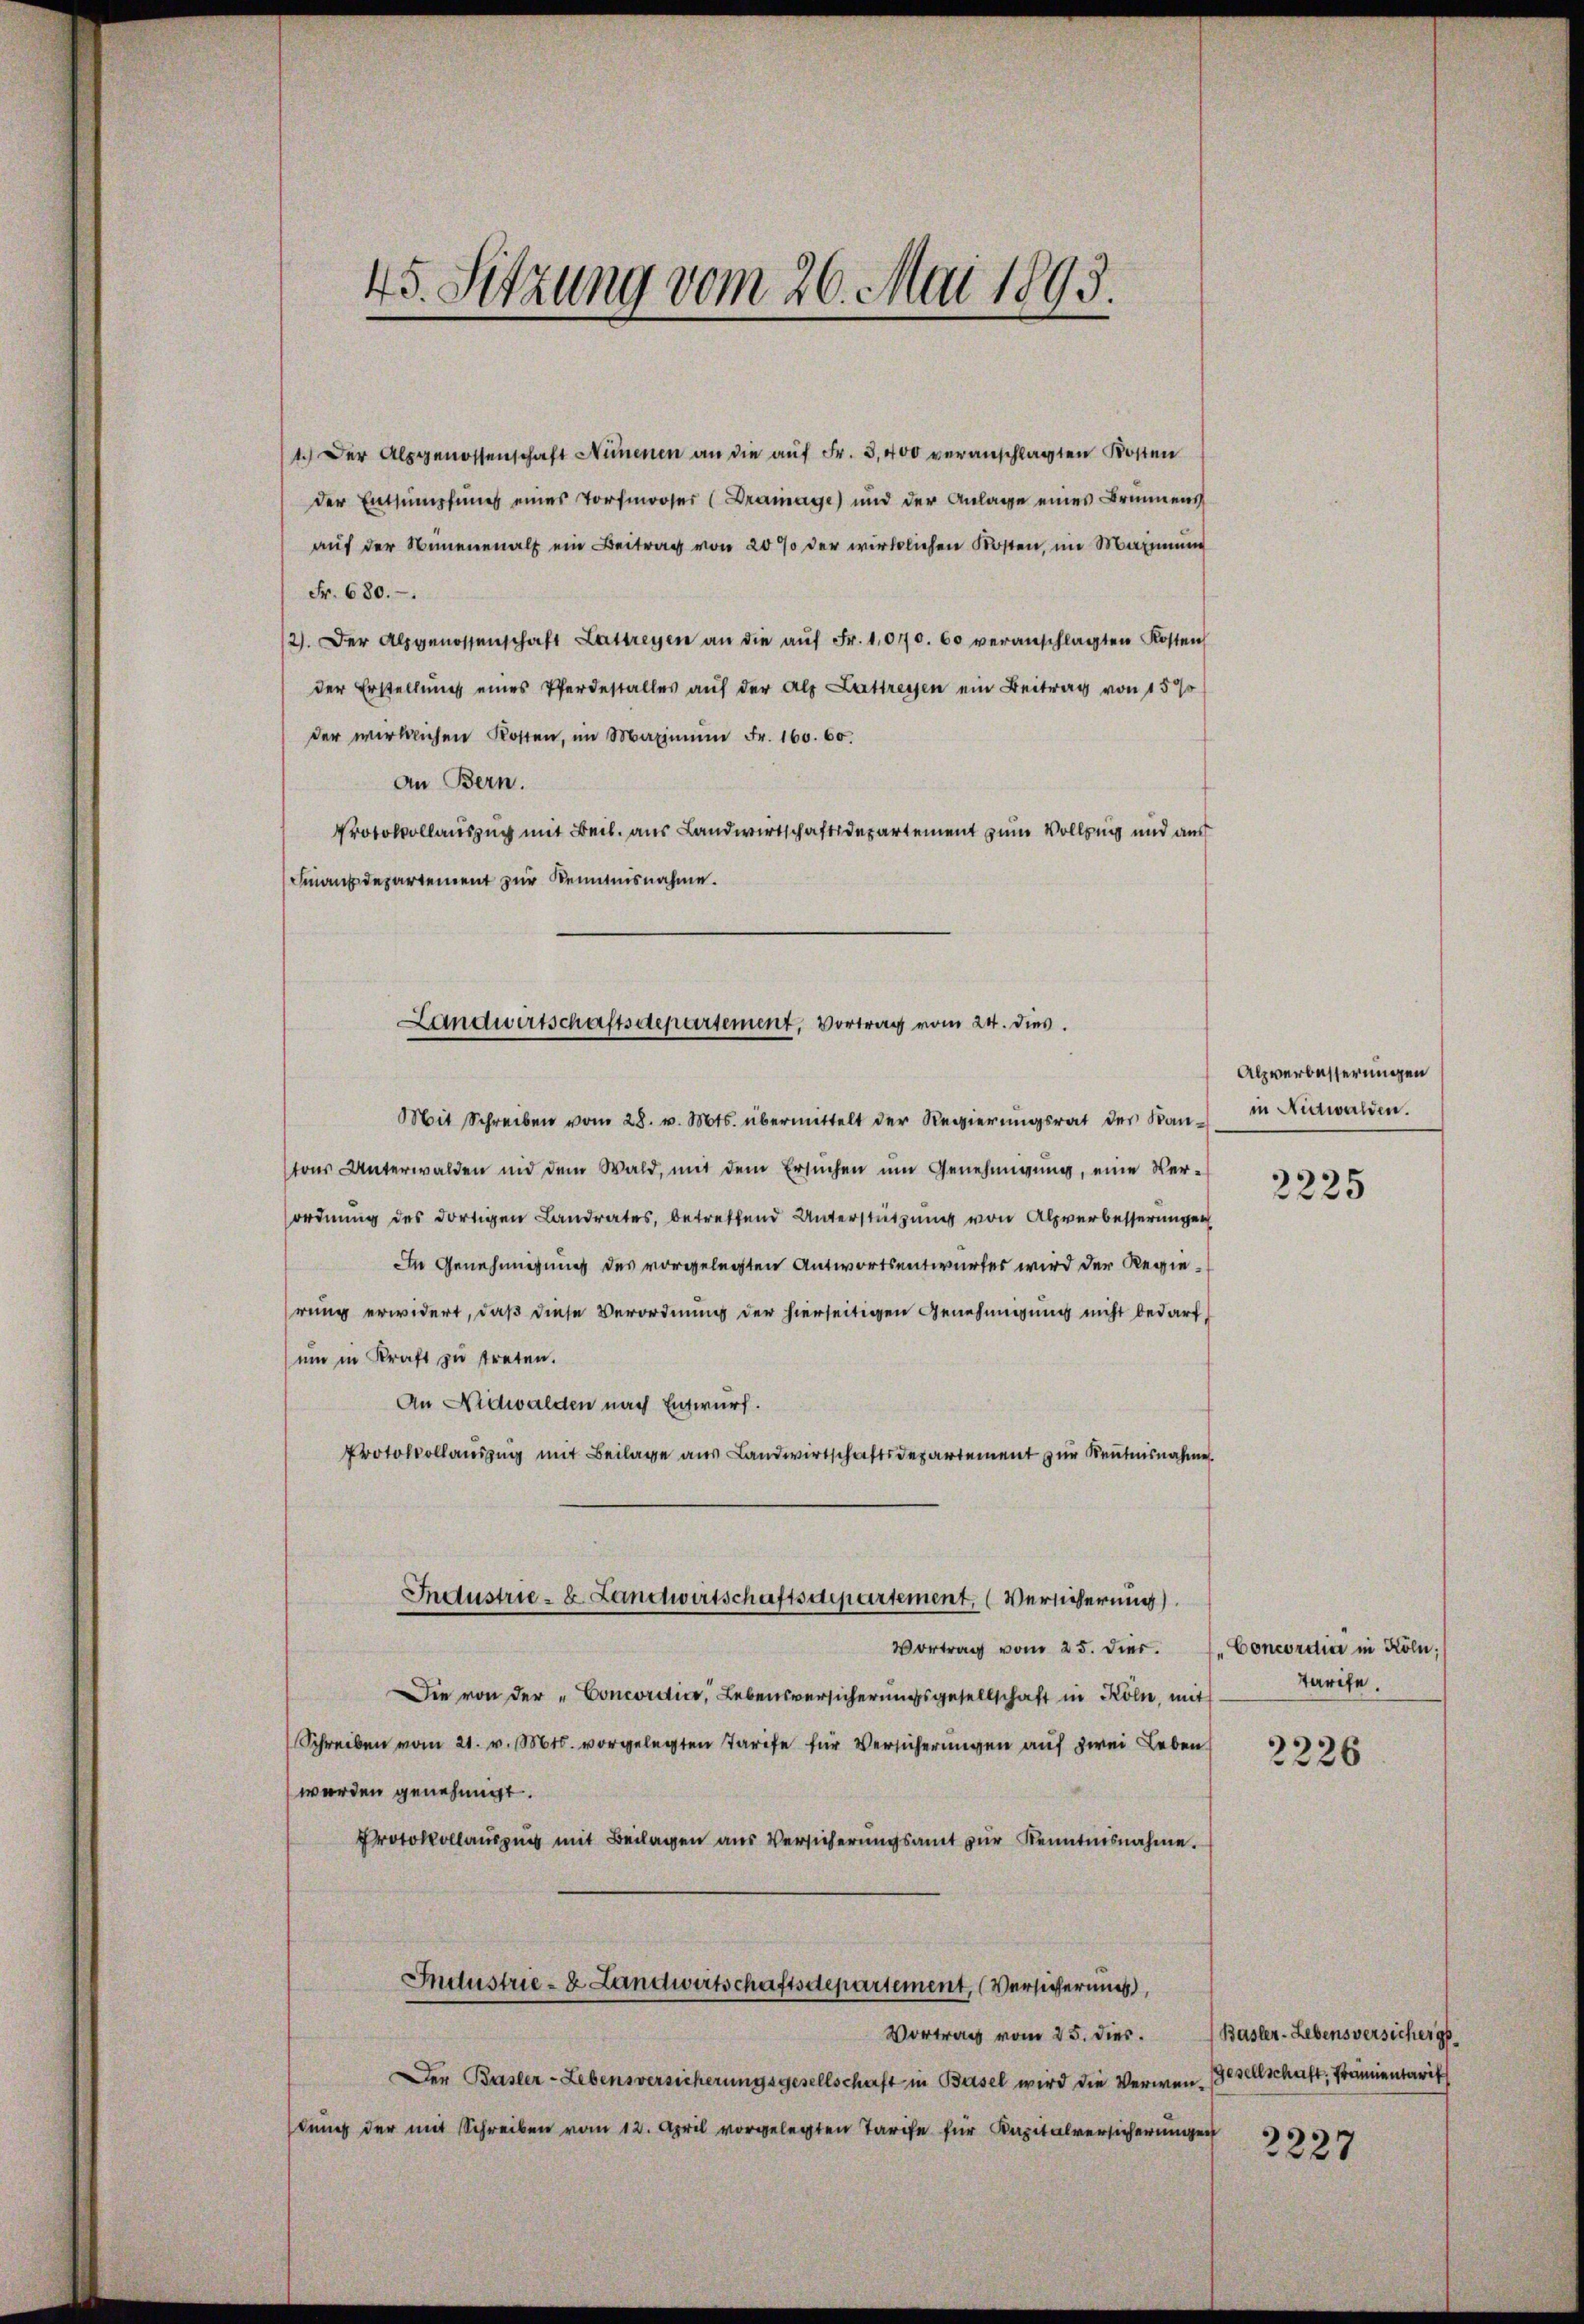
1.) Der Alpgenossenschaft Nimmenen an die auf Fr. 3, 400 veranschlagten Kosten
der Entsumpfung eines Torfmooser (Drainage) und der Anlage eines Brunnens
auf der Neuenmal ein Beitrag von 20% der wirklichen Kosten, im Maximum
Fr. 680.
/2). Der Alpgenossenschaft Lattreyen an die aŭf Fr. 1070. 60 veranschlagten Kosten
der Erstellung eines Pferdestalles auf der als Lattressen ein Beitrag von 1570
der wirklichen Kosten, im Maximŭm Fr. 160. 60.
An Bern.
Protokollauszug mit Beil. aus Landwirtschaftsdepartement zum Vollzung und aus
Finanzdepartement zur Kenntnisnahme.
Mit Schreiben vom 28. v. Mts. übermittelt der Regierŭngsrat des Kan-
tons Unterwalden und dem Wald, mit dem Ersuchen um Genehmigung, eine Verordnung des dortigen Landrates, betreffend Unterstützung von Alpverbesserungen
In Genehmigung des vorgelegten Antwortsentwurfes wird der Regierung erwidert, daß diese Verordnung der hierseitigen Genehmigung nicht bedarf,
um in Kraft zu streten.
An Nidwalden nach Entwurf.
Protokollauszug mit Beilage aus Landwirtschaftsdepartement zur Kenntnisnahme
Industrie- 8. Landtwirtschaftsdepartement, (Versicherung
Vortrag vom 25. dies. 1. Concordia in Köln,
Die von der „Concordics, Lebensversicherungsgesellschaft in Kölie, mit
Schreiben vom 21. v. Mts. vorgelegten Tarife für Versicherungen auf zwei Leben
werden genehmigt.
Protokollauszug mit Beilagen aus Versicherŭngsamt zur Kenntnisnahme.
Industrie- & Landwirtschaftsdepartement, (Versicherung
Vortrag vom 25. dies.
Der Basler-Lebensversicherungsgesellschaft in Basel wird die Verwenstung der mit Schreiben vom 12. April vorgelegten Tarife für Kapitalversicherungen

45. Sitzung vom 26. Mai 1893.

Landwirtschaftsdepartement, Vortrag vom 24. dies

Alpverbesserungen
in Nidwalden.

2225

Tarife.

2226

Basler-Lebensversicher g
Gesellschaft, Fraunentarif

2227